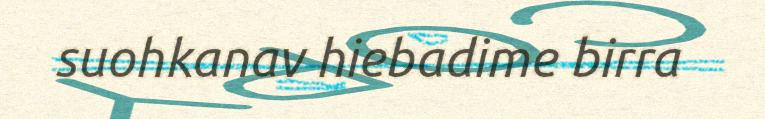
suohkanav hiebadime birra